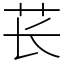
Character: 苌